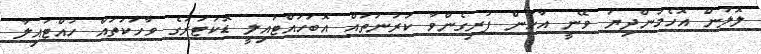
ލޮލުން އޮހެމުންދިޔަ ވޭނީ އާހުން ފުރިގެންވާ ކަރުނަތައް އޮބަހައްޓައިލީ ޑޮކުޓަރުގެ ވާހަކަތައް ހުއްޓައިލާ